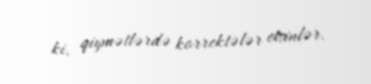
ki, qiymətlərdə korrektələr etsinlər.